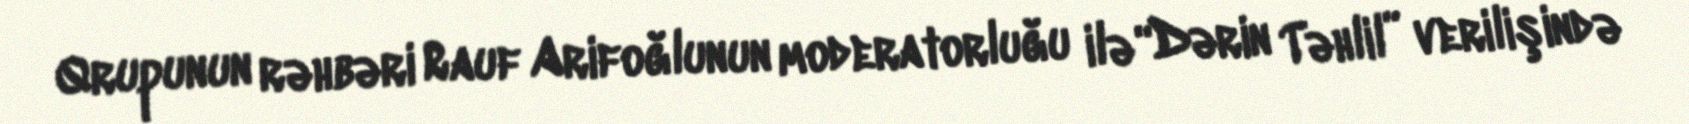
Qrupunun rəhbəri Rauf Arifoğlunun moderatorluğu ilə “Dərin Təhlil” verilişində